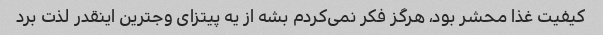
کیفیت غذا محشر بود، هرگز فکر نمی‌کردم بشه از یه پیتزای وجترین اینقدر لذت برد